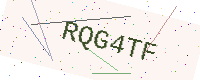
Text: RQG4TF